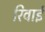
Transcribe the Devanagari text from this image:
रिवाई